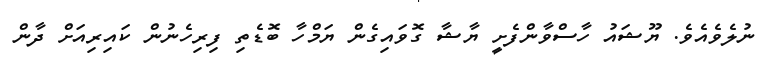
ނުލެވެއެވެ. ޔޫޝައު ހާސްވާންފެށީ ޔާޝާ ގޮވައިގެން ޔަމްހާ ބޮޑެތި ފިރިހެނުން ކައިރިއަށް ދާން